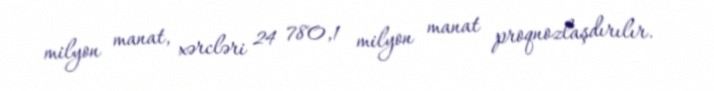
milyon manat, xərcləri 24 780,1 milyon manat proqnozlaşdırılır.